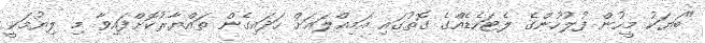
"ބަޔަކު މީހުން ފުލުހުންގެ ލެޓަހެޑެއްގެ ގޮތުގައި އަމިއްލައަށް ހަދައިގެން ތައްޔާރުކޮށްފައިވާ މި ލިޔުމަކީ